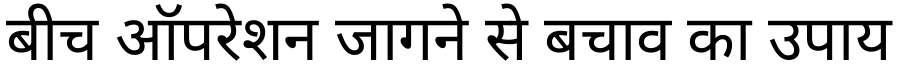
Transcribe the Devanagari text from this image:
बीच ऑपरेशन जागने से बचाव का उपाय